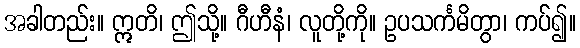
အခါတည်း။ ဣတိ၊ ဤသို့။ ဂီဟီနံ၊ လူတို့ကို။ ဥပသင်္ကမိတွာ၊ ကပ်၍။